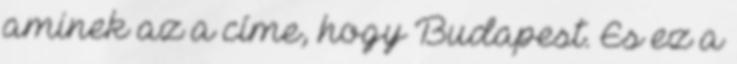
aminek az a címe, hogy Budapest. És ez a